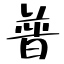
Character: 普